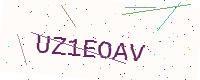
Text: UZ1EOAV